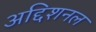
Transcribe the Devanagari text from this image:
अद्दिशनल